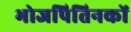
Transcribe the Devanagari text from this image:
भोजपितिनकों